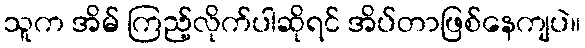
သူက အိမ် ကြည့်လိုက်ပါဆိုရင် အိပ်တာဖြစ်နေကျပဲ။